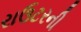
રાઉટરની